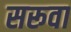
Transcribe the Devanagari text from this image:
सरूवा